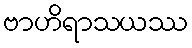
ဗာဟိရာသယဿ